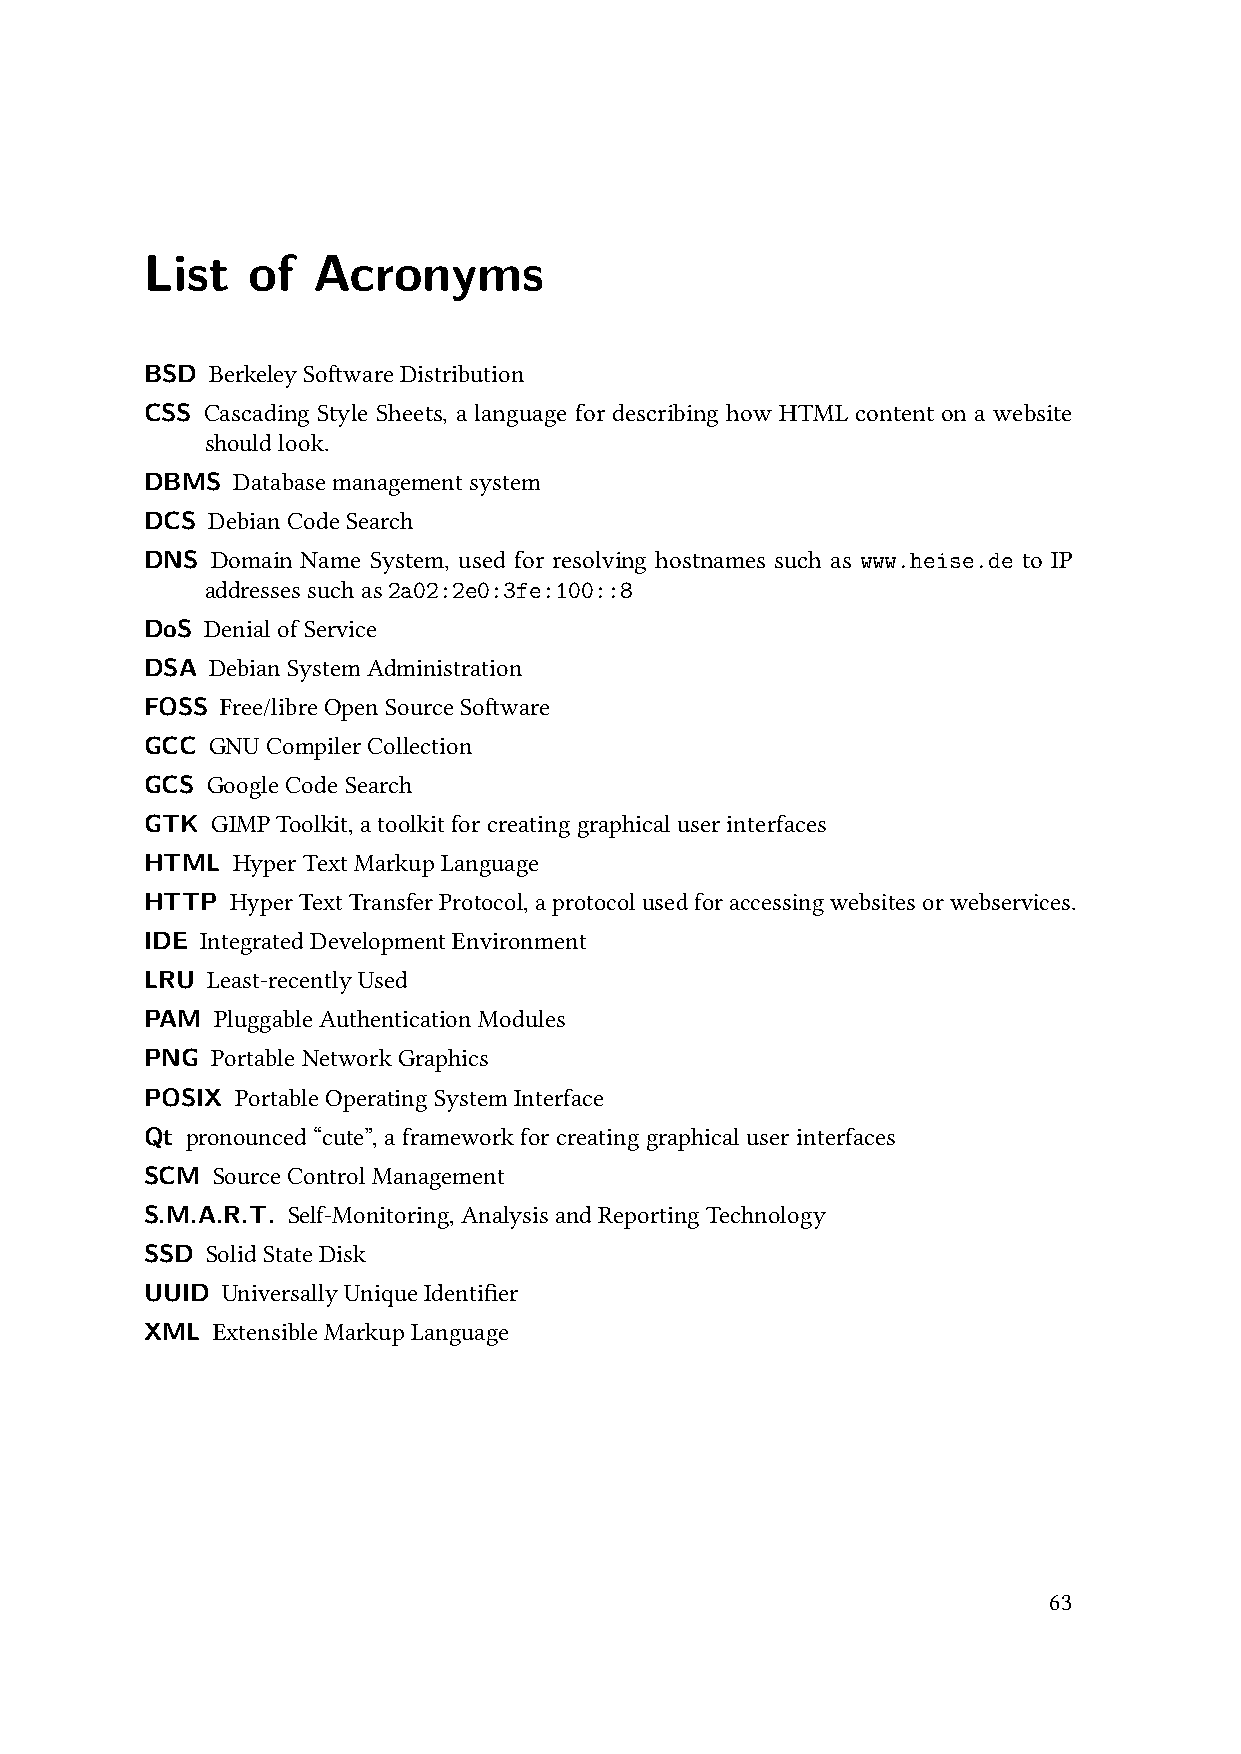
List   of   Acronyms
 BSD  BerkeleySoftwareDistribution
 CSS Cascading Style Sheets, a language for describing how HTML content on a website
 shouldlook.
 DBMS  Databasemanagementsystem
 DCS  DebianCodeSearch
 DNS  Domain Name System, used for resolving hostnames such as www.heise.de to IP
 addressessuchas2a02:2e0:3fe:100::8
 DoS  DenialofService
 DSA  DebianSystemAdministration
 FOSS  Free/libreOpenSourceSoftware
 GCC  GNUCompilerCollection
 GCS  GoogleCodeSearch
 GTK  GIMPToolkit,atoolkitforcreatinggraphicaluserinterfaces
 HTML  HyperTextMarkupLanguage
 HTTP  HyperTextTransferProtocol,aprotocolusedforaccessingwebsitesorwebservices.
 IDE IntegratedDevelopmentEnvironment
 LRU  Least-recentlyUsed
 PAM  PluggableAuthenticationModules
 PNG  PortableNetworkGraphics
 POSIX  PortableOperatingSystemInterface
 Qt pronounced“cute”,aframeworkforcreatinggraphicaluserinterfaces
 SCM  SourceControlManagement
 S.M.A.R.T. Self-Monitoring,AnalysisandReportingTechnology
 SSD  SolidStateDisk
 UUID  UniversallyUniqueIdentifier
 XML  ExtensibleMarkupLanguage
 63